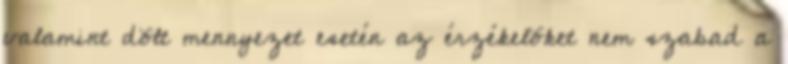
valamint dõlt mennyezet esetén az érzékelõket nem szabad a